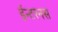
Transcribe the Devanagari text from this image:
ईन्टरनस